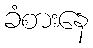
ခံစားနေ